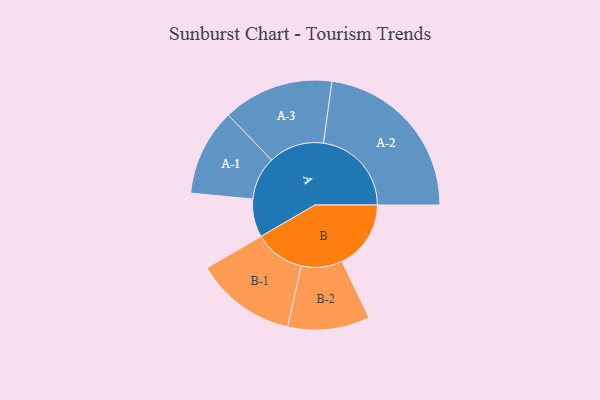
{"axis": {"x": "Segment", "y": "Value"}, "legend": ["", "A", "B"], "data": [{"x": "A", "y": 124, "type": ""}, {"x": "B", "y": 224, "type": ""}, {"x": "A-1", "y": 141, "type": "A"}, {"x": "A-2", "y": 286, "type": "A"}, {"x": "A-3", "y": 180, "type": "A"}, {"x": "B-1", "y": 164, "type": "B"}, {"x": "B-2", "y": 133, "type": "B"}]}